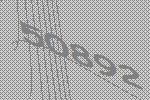
50892